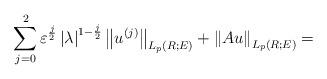
LaTeX: \begin{align*}\sum\limits_{j=0}^{2}\varepsilon ^{\frac{j}{2}}\left\vert \lambda\right\vert ^{1-\frac{j}{2}}\left\Vert u^{\left( j\right) }\right\Vert_{L_{p}\left( R;E\right) }+\left\Vert Au\right\Vert _{L_{p}\left( R;E\right)}= \end{align*}